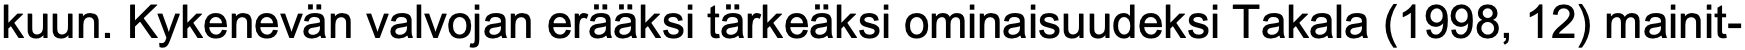
kuun. Kykenevän valvojan erääksi tärkeäksi ominaisuudeksi Takala (1998, 12) mainit-